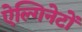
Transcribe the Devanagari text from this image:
ऐल्गिनेटों